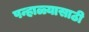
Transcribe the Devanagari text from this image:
पन्हाळ्यासाठी